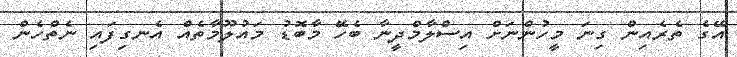
އޭގެ ތެރެއިން ގިނަ މީހުންނަށް އިސްލާމްދީނާ ބެހޭ މާބޮޑު މައުލޫމާތެއް އެނގިފައި ނެތްހެން